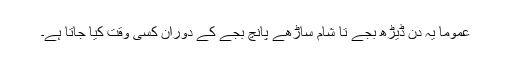
عموماً یہ دن ڈیڑھ بجے تا شام ساڑھے پانچ بجے کے دوران کسی وقت کیا جاتا ہے۔